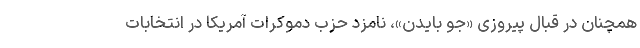
همچنان در قبال پیروزی «جو بایدن»، نامزد حزب دموکرات آمریکا در انتخابات